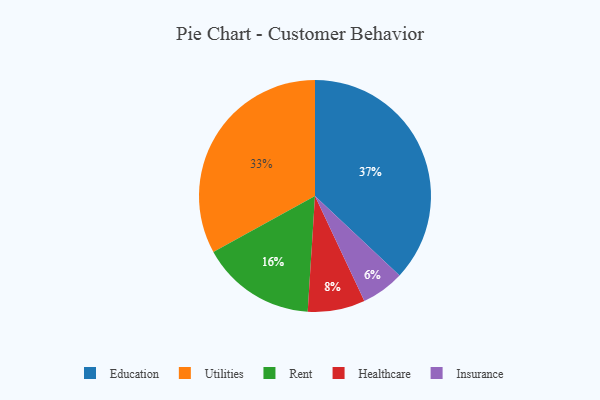
{"axis": {"x": "Category", "y": "Percentage"}, "legend": ["Education", "Healthcare", "Insurance", "Rent", "Utilities"], "data": [{"x": "Utilities", "y": 33, "type": "Utilities"}, {"x": "Insurance", "y": 6, "type": "Insurance"}, {"x": "Healthcare", "y": 8, "type": "Healthcare"}, {"x": "Rent", "y": 16, "type": "Rent"}, {"x": "Education", "y": 37, "type": "Education"}]}